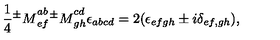
\frac 1 4 { ^ \pm M } _ { e f } ^ { a b } { ^ \pm M } _ { g h } ^ { c d } \epsilon _ { a b c d } = 2 ( \epsilon _ { e f g h } \pm i \delta _ { e f , g h } ) ,